Indian journal of veterinary science and animal husbandry - Volumes 28-29, 1958-1959
Year: 1958
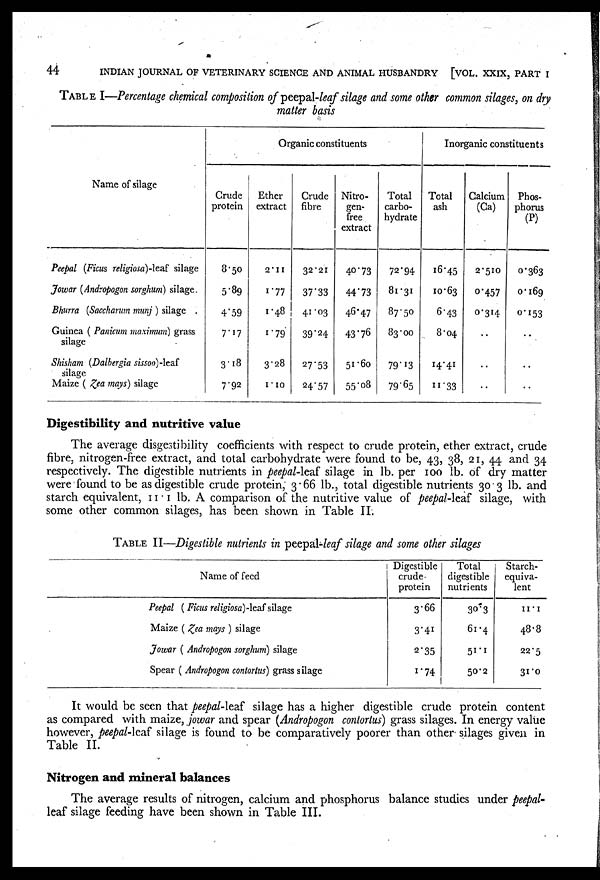
44
INDIAN JOURNAL OF VETERINARY SCIENCE AND ANIMAL HUSBANDRY [VOL. XXIX, PART I
TABLE I—Percentage chemical composition of peepal-leaf silage and some other common silages, on dry
matter basis
Name of silage
Peepal (Ficus religiosa)-leaf silage
Jowar (Andropogon sorghum) silage.
Bhurra (Saccharum munj ) silage
Guinea ( Panicum maximum) grass
silage
Shisham (Dalbergia sissoo)-leaf
silage
Maize ( Zea mays) silage
Organic constituents
Crude
protein
8.50
5.89
4.59
7.17
3.18
7.92
Ether
extract
2.11
1.77
1.48
1.79
3.28
1.10
Crude
fibre
32.21
37.33
41.03
39.24
27.53
24.57
Nitro-
gen-
free
extract
40.73
44.73
46.47
43.76
51.60
55.08
Total
carbo-
hydrate
72.94
81.31
87.50
83.00
79.13
79.65
Inorganic constituents
Total
ash
16.45
10.63
6.43
8.04
14.41
11.33
Calcium
(Ca)
2.510
0.457
0.314
..
..
..
Phos-
phorus
(P)
0.363
0.169
0.153
..
..
..
Digestibility and nutritive value
The average disgestibility coefficients with respect to crude protein, ether extract, crude
fibre, nitrogen-free extract, and total carbohydrate were found to be, 43, 38, 21, 44 and 34
respectively. The digestible nutrients in peepal-leaf silage in lb. per 100 lb. of dry matter
were found to be as digestible crude protein, 3.66 lb., total digestible nutrients 30.3 lb. and
starch equivalent, 11.1 lb. A comparison of the nutritive value of peepal-leaf silage, with
some other common silages, has been shown in Table II.
TABLE II—Digestible nutrients in peepal-leaf silage and some other silages
Name of feed
Peepal ( Ficus religiosa)-leaf silage
Maize ( Zea mays ) silage
Jowar ( Andropogon sorghum) silage
Spear ( Andropogon contortus) grass silage
Digestible
crude-
protein
3.66
3.41
2.35
1.74
Total
digestible
nutrients
30.3
61.4
51.1
50.2
Starch-
equiva-
lent
11.1
48.8
22.5
31.0
It would be seen that peepal-leaf silage has a higher digestible crude protein content
as compared with maize, jowar and spear (Andropogon contortus) grass silages. In energy value
however, peepal-leaf silage is found to be comparatively poorer than other silages given in
Table II.
Nitrogen and mineral balances
The average results of nitrogen, calcium and phosphorus balance studies under peepal-
leaf silage feeding have been shown in Table III.